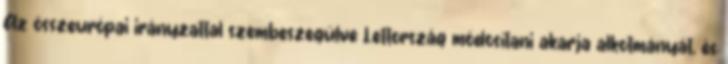
Az összeurópai irányzattal szembeszegülve Lettország módosítani akarja alkotmányát, és